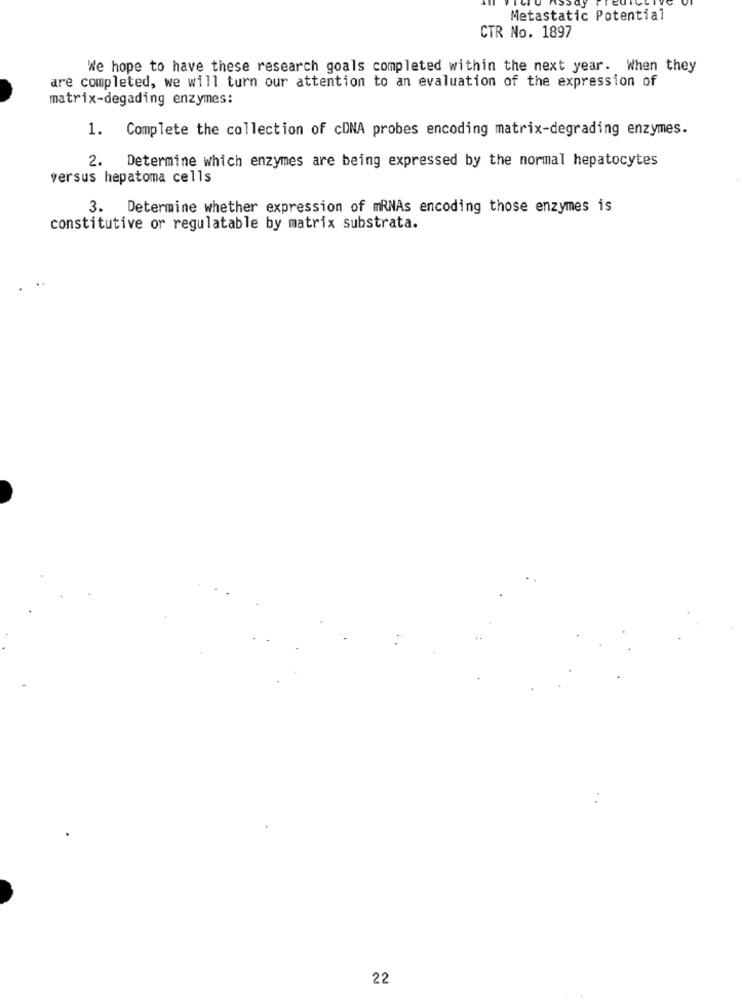
Metastatic Potential
CTR No. 1897
We hope to have these research goals completed within the next year. When they
are completed, we will turn our attention to an evaluation of the expression of
matrix-degading enzymes:
1. Complete the collection of cDNA probes encoding matrix-degrading enzymes.
2.
Determine which enzymes are being expressed by the normal hepatocytes
versus hepatoma cells
3. Determine whether expression of mRNAs encoding those enzymes is
constitutive or regulatable by matrix substrata.
22